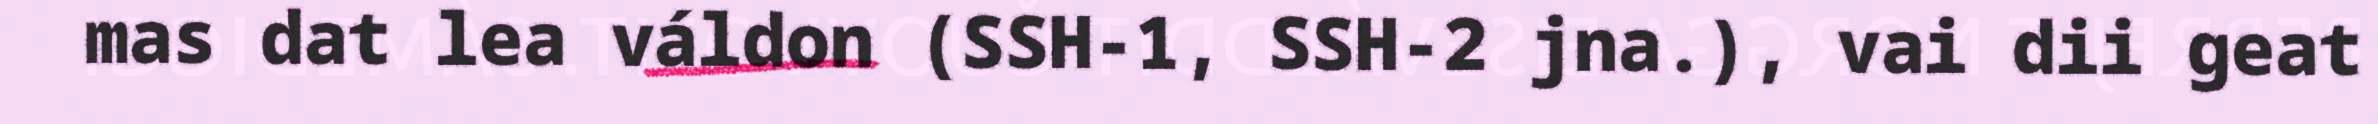
mas dat lea váldon (SSH-1, SSH-2 jna.), vai dii geat